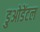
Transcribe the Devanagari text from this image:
डुओडेंटल